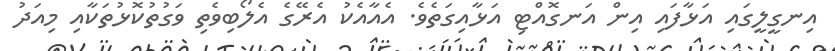
އިނގީލީގައި އަޅާފައި އިން އަނގޮއްޓި އަޅާއިގަތެވެ. އެއާއެކު އެރޭގެ އެލޯބިވެތި ވަގުތުކޮޅުތަކާއި މިއަދު